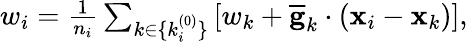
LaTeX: \begin{array}{r}{{w}_{i}=\frac{1}{n_{i}}\sum_{k\in\{ k_{i}^{(0)}\} }\left[{w}_{k}+\overline{{\mathbf g}}_{k}\cdot({\mathbf x}_{i}-{\mathbf x}_{k})\right],}\end{array}